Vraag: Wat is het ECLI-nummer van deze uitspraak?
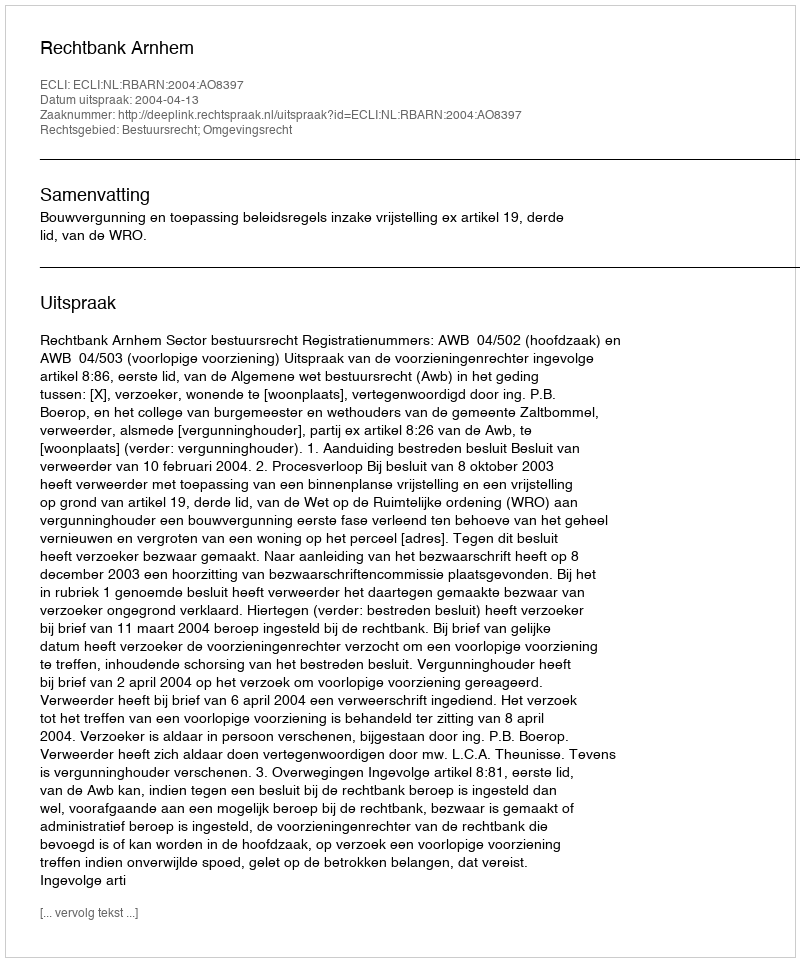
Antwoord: ECLI:NL:RBARN:2004:AO8397